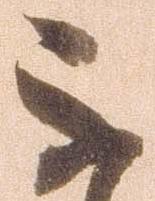
不